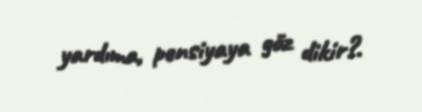
yardıma, pensiyaya göz dikir?.